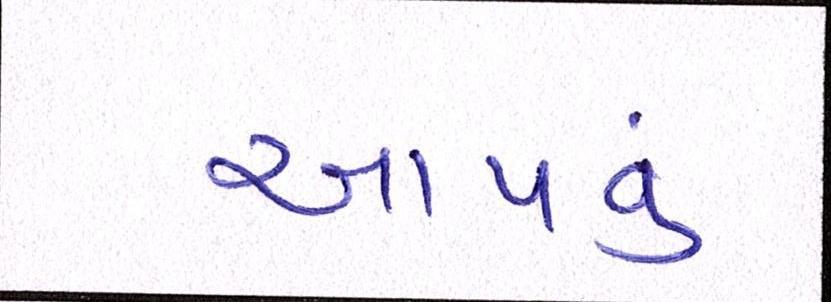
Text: આપવું